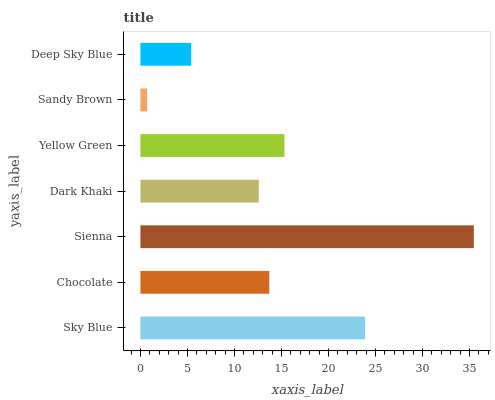
| yaxis_label | bars |
 | --- | --- |
 | Sky Blue | 23.9 |
 | Chocolate | 13.7 |
 | Sienna | 35.5 |
 | Dark Khaki | 12.6 |
 | Yellow Green | 15.3 |
 | Sandy Brown | 0.715 |
 | Deep Sky Blue | 5.41 |